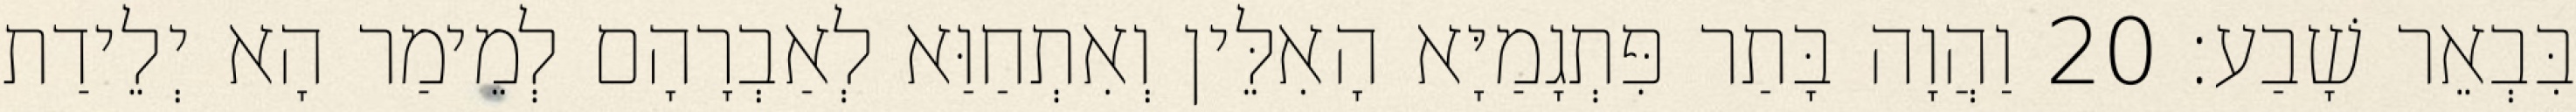
בִּבְאֵר שָׁבַע׃ 20 וַהֲוָה בָּתַר פִּתְגָמַיָּא הָאִלֵּין וְאִתְחַוַּא לְאַבְרָהָם לְמֵימַר הָא יְלֵידַת